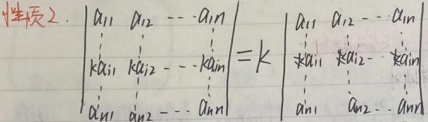
性质 2. \(\begin{vmatrix}a_{11}&a_{12}&\cdots&a_{1n}\\ka_{21}&ka_{22}&\cdots&ka_{2n}\\a_{31}&a_{32}&\cdots&a_{3n}\\\vdots&\vdots&\ddots&\vdots\\a_{n1}&a_{n2}&\cdots&a_{nn}\end{vmatrix}=k\begin{vmatrix}a_{11}&a_{12}&\cdots&a_{1n}\\a_{21}&a_{22}&\cdots&a_{2n}\\a_{31}&a_{32}&\cdots&a_{3n}\\\vdots&\vdots&\ddots&\vdots\\a_{n1}&a_{n2}&\cdots&a_{nn}\end{vmatrix}\)